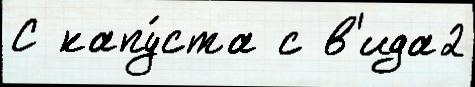
С капу́ста с в'ида2